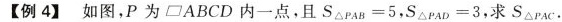
【例4】如图，P为□ABCD内一点，且$$S_{ △PAB } = 5$$，$$S_{ △PAD } = 3$$，求S_{ △PAC} .